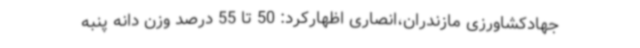
جهادکشاورزی مازندران،انصاری اظهارکرد: 50 تا 55 درصد وزن دانه پنبه